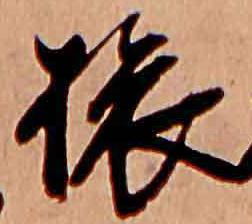
旅